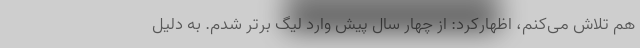
هم تلاش می‌کنم، اظهارکرد: از چهار سال پیش وارد لیگ برتر شدم. به دلیل